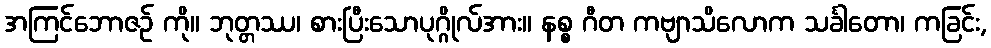
အကြင်ဘောဇဉ် ကို။ ဘုတ္တဿ၊ စားပြီးသောပုဂ္ဂိုလ်အား။ နစ္စ ဂီတ ကဗျာသိလောက သင်္ခါတော၊ ကခြင်း,